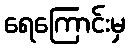
ရေကြောင်းမှ